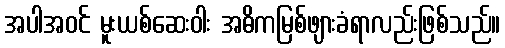
အပါအဝင် မူးယစ်ဆေးဝါး အဓိကမြစ်ဖျားခံရာလည်းဖြစ်သည်။